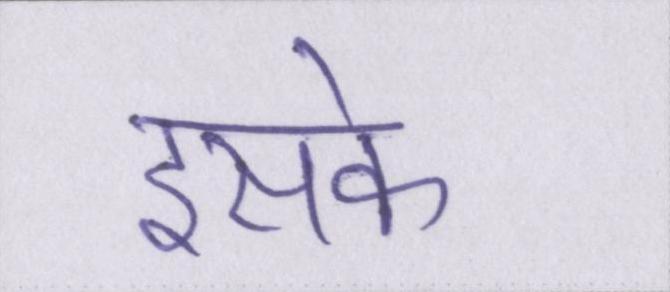
इसके